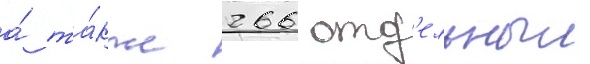
а́ та́кже 266 отд'ельныи